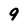
Character: 9